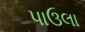
પાઉલા